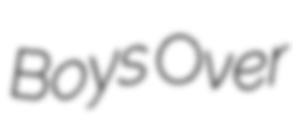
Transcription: Boys Over